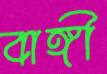
বাঙ্গী